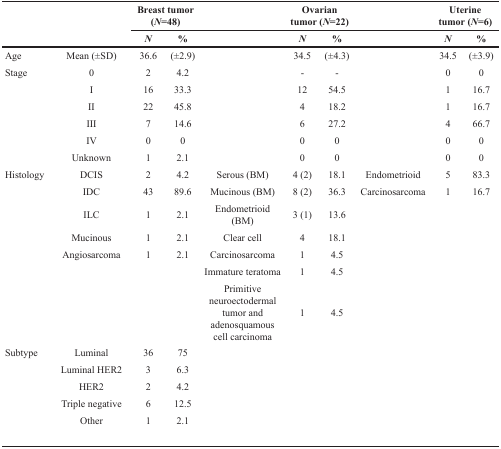
|  |  | <COLSPAN=2> Breast tumor (N=48) |  | <COLSPAN=2> Ovarian tumor (N=22) |  | <COLSPAN=2> Uterine tumor (N=6) |
 |  |  | N | % |  | N | % |  | N | % |
 | --- | --- | --- | --- | --- | --- | --- | --- | --- | --- |
 | Age | Mean (±SD) | 36.6 | (±2.9) |  | 34.5 | (±4.3) |  | 34.5 | (±3.9) |
 | Stage | 0 | 2 | 4.2 |  | - | - |  | 0 | 0 |
 |  | I | 16 | 33.3 |  | 12 | 54.5 |  | 1 | 16.7 |
 |  | II | 22 | 45.8 |  | 4 | 18.2 |  | 1 | 16.7 |
 |  | III | 7 | 14.6 |  | 6 | 27.2 |  | 4 | 66.7 |
 |  | IV | 0 | 0 |  | 0 | 0 |  | 0 | 0 |
 |  | Unknown | 1 | 2.1 |  | 0 | 0 |  | 0 | 0 |
 | Histology | DCIS | 2 | 4.2 | Serous (BM) | 4 (2) | 18.1 | Endometrioid | 5 | 83.3 |
 |  | IDC | 43 | 89.6 | Mucinous (BM) | 8 (2) | 36.3 | Carcinosarcoma | 1 | 16.7 |
 |  | ILC | 1 | 2.1 | Endometrioid (BM) | 3 (1) | 13.6 |  |  |  |
 |  | Mucinous | 1 | 2.1 | Clear cell | 4 | 18.1 |  |  |  |
 |  | Angiosarcoma | 1 | 2.1 | Carcinosarcoma | 1 | 4.5 |  |  |  |
 |  |  |  |  | Immature teratoma | 1 | 4.5 |  |  |  |
 |  |  |  |  | Primitive neuroectodermal tumor and adenosquamous cell carcinoma | 1 | 4.5 |  |  |  |
 | Subtype | Luminal | 36 | 75 |  |  |  |  |  |  |
 |  | Luminal HER2 | 3 | 6.3 |  |  |  |  |  |  |
 |  | HER2 | 2 | 4.2 |  |  |  |  |  |  |
 |  | Triple negative | 6 | 12.5 |  |  |  |  |  |  |
 |  | Other | 1 | 2.1 |  |  |  |  |  |  |